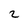
Character: 2